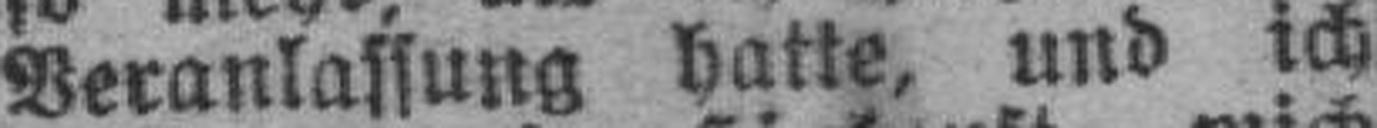
Veranlassung hatte, und ich